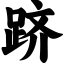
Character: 跻